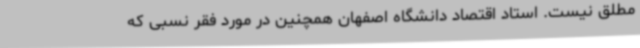
مطلق نیست. استاد اقتصاد دانشگاه اصفهان همچنین در مورد فقر نسبی که